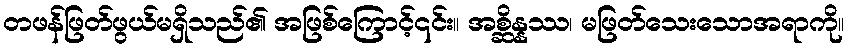
တဖန်ဖြတ်ဖွယ်မရှိသည်၏ အဖြစ်ကြောင့်၎င်း။ အစ္ဆိန္နဿ၊ မဖြတ်သေးသောအရာကို။